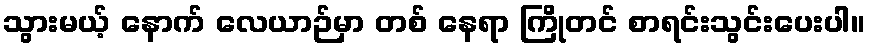
သွားမယ့် နောက် လေယာဉ်မှာ တစ် နေရာ ကြိုတင် စာရင်းသွင်းပေးပါ။